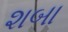
શબા